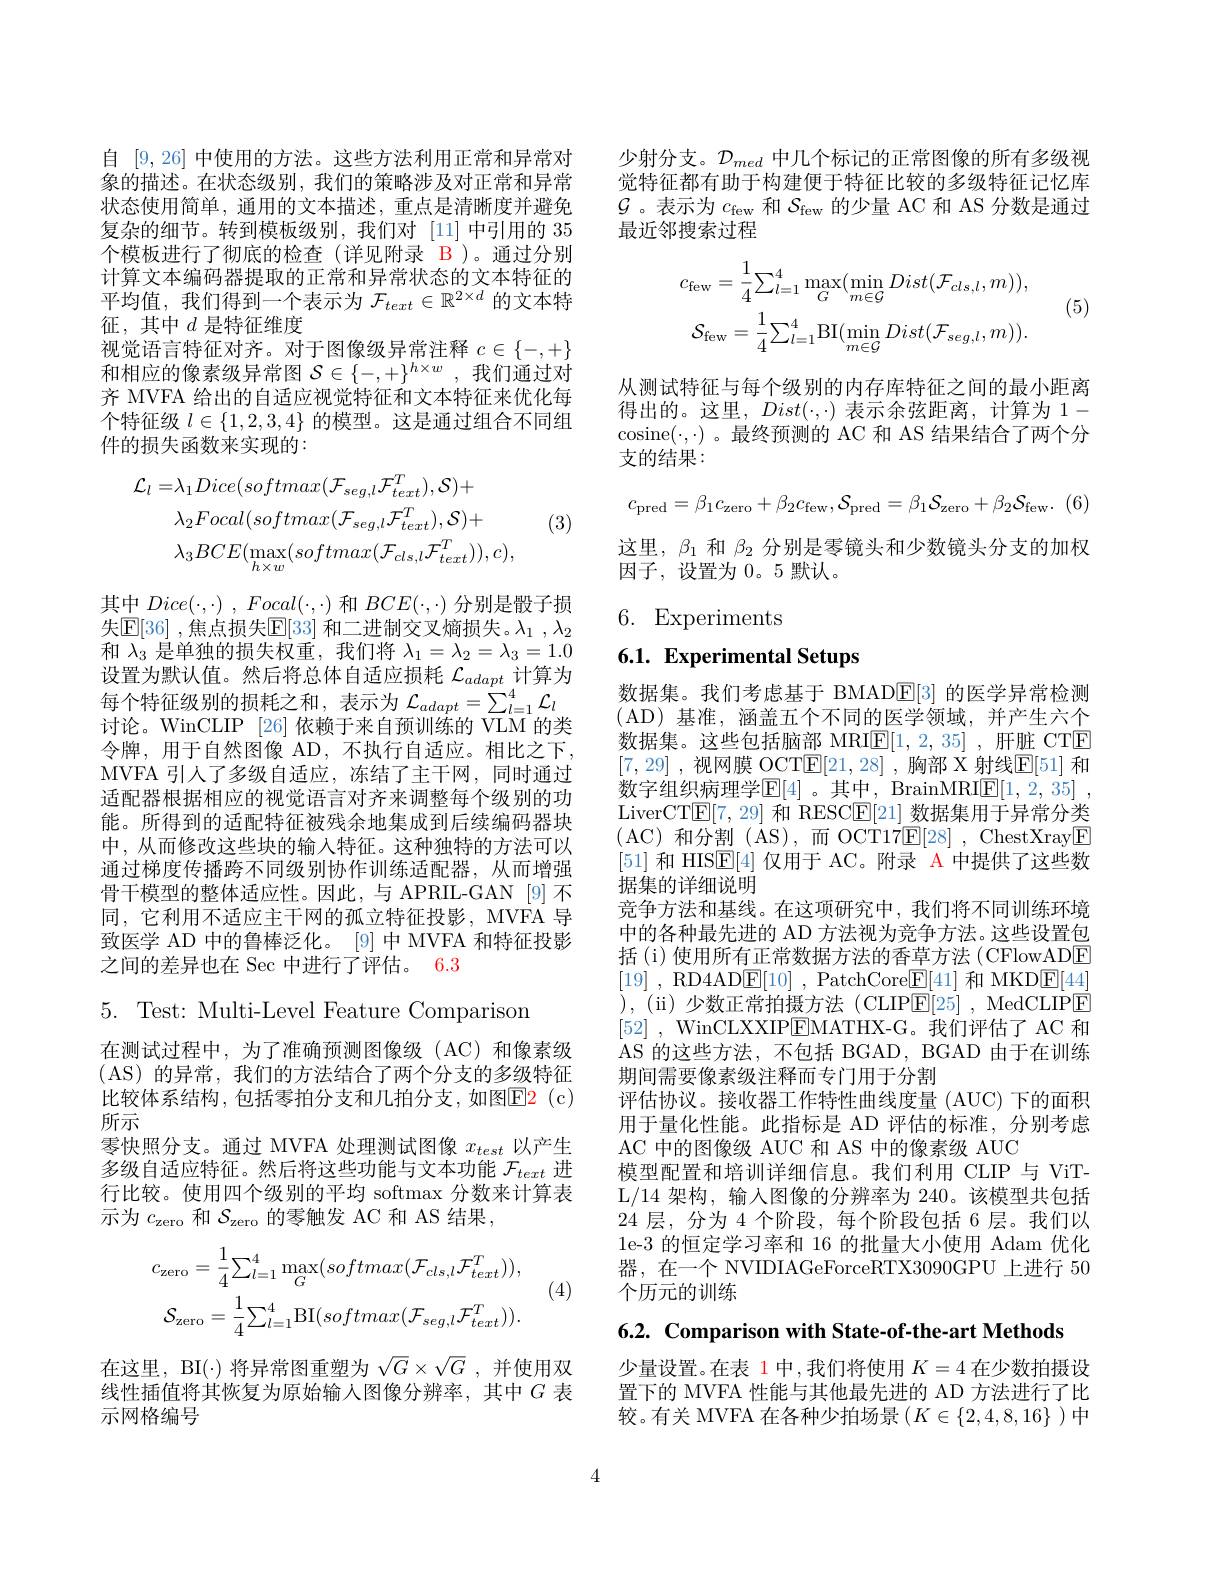
自 [9,26] 中使用的方法。这些方法利用正常和异常对象的描述。在状态级别，我们的策略涉及对正常和异常状态使用简单，通用的文本描述，重点是清晰度并避免复杂的细节。转到模板级别，我们对[11]中引用的 35个模板进行了彻底的检查(详见附录 B)。通过分别计算文本编码器提取的正常和异常状态的文本特征的平均值，我们得到一个表示为$\mathcal{F}_text\in\mathbb{R}^{2\times d}$的文本特征，其中$d$ 是特征维度
视觉语言特征对齐。对于图像级异常注释$c\in\{-,+\}$ 和相应的像素级异常图$\mathcal{S}\in\{-,+\}^{h\times w}$,我们通过对齐 MVFA 给出的自适应视觉特征和文本特征来优化每个特征级$l\in\{1,2,3,4\}$的模型。这是通过组合不同组件的损失函数来实现的：
$$\begin{aligned}\mathcal{L}_{l}=&\lambda_{1}Dice(softmax(\mathcal{F}_{seg,l}\mathcal{F}_{text}^{T}),\mathcal{S})+\\&\lambda_{2}Focal(softmax(\mathcal{F}_{seg,l}\mathcal{F}_{text}^{T}),\mathcal{S})+\\&\lambda_{3}BCE(\max_{h\times w}(softmax(\mathcal{F}_{cls,l}\mathcal{F}_{text}^{T})),c),\end{aligned}$$
(3)

其中$Dice( \cdot , \cdot )$ , $Focal( \cdot , \cdot )$和$BCE(\cdot,\cdot)$分别是骰子损失$\mathbb{E}[36]$ ,焦点损失$\mathbb{E}[33]$ 和二进制交叉熵损失。$\lambda_1,\lambda_2$ 和$\lambda_3$是单独的损失权重，我们将$\lambda_1=\lambda_2=\lambda_3=1.0$ 设置为默认值。然后将总体自适应损耗$\mathcal{L}_{adapt}$计算为每个特征级别的损耗之和，表示为$\mathcal{L}_adapt=\sum_{l=1}^4\mathcal{L}_l$ 讨论。WinCLIP [26]依赖于来自预训练的 VLM 的类令牌，用于自然图像 AD,不执行自适应。相比之下， MVFA 引人了多级自适应，冻结了主干网，同时通过适配器根据相应的视觉语言对齐来调整每个级别的功能。所得到的适配特征被残余地集成到后续编码器块中，从而修改这些块的输入特征。这种独特的方法可以通过梯度传播跨不同级别协作训练适配器，从而增强骨干模型的整体适应性。因此，与 APRIL-GAN [9] 不同，它利用不适应主干网的孤立特征投影，MVFA 导致医学 AD 中的鲁棒泛化。[9]中 MVFA 和特征投影之间的差异也在 Sec 中进行了评估。6.3
5. Test: Multi-Level Feature Comparison
在测试过程中，为了准确预测图像级(AC)和像素级(AS)的异常，我们的方法结合了两个分支的多级特征比较体系结构，包括零拍分支和几拍分支，如图$\color{red}{\mathrm{E2~(c)}}$ 所示
零快照分支。通过 MVFA 处理测试图像$x_{test}$以产生多级自适应特征。然后将这些功能与文本功能$\mathcal{F}_text$进行比较。使用四个级别的平均 softmax 分数来计算表示为$c_\mathrm{zero}$和$\mathcal{S}_\mathrm{zero}$的零触发 AC 和 AS 结果，
$$c_{\mathrm{zero}}=\frac{1}{4}\sum_{l=1}^{4}\max_{G}(softmax(\mathcal{F}_{cls,l}\mathcal{F}_{text}^{T})),\\\mathcal{S}_{\mathrm{zero}}=\frac{1}{4}\sum_{l=1}^{4}\mathrm{BI}(softmax(\mathcal{F}_{seg,l}\mathcal{F}_{text}^{T})).$$
(4)

在这里，BI(·)将异常图重塑为$\sqrt G\times\sqrt G$ ,并使用双线性插值将其恢复为原始输人图像分辨率，其中$G$表示网格编号

少射分支。$\mathcal{D}_{med}$中几个标记的正常图像的所有多级视觉特征都有助于构建便于特征比较的多级特征记忆库$\mathcal{G}$ 。表示为$c_\mathrm{few}$和$\mathcal{S}_\mathrm{few}$的少量 AC 和 AS 分数是通过最近邻搜索过程

(5)
$$c_{\mathrm{few}}=\frac{1}{4}\sum_{l=1}^{4}\max_{G}(\operatorname*{min}_{m\in\mathcal{G}}Dist(\mathcal{F}_{cls,l},m)),\\\mathcal{S}_{\mathrm{few}}=\frac{1}{4}\sum_{l=1}^{4}\mathrm{BI}(\operatorname*{min}_{m\in\mathcal{G}}Dist(\mathcal{F}_{seg,l},m)).$$
从测试特征与每个级别的内存库特征之间的最小距离得出的。这里，$Dist(\cdot,\cdot)$表示余弦距离，计算为 1- cosine$(\cdot,\cdot)$ 。最终预测的 AC 和 AS 结果结合了两个分支的结果：
$$c_{\mathrm{pred}}=\beta_{1}c_{\mathrm{zero}}+\beta_{2}c_{\mathrm{few}},S_{\mathrm{pred}}=\beta_{1}S_{\mathrm{zero}}+\beta_{2}S_{\mathrm{few}}.$$
这里，$\beta_1$和$\beta_2$分别是零镜头和少数镜头分支的加权
因子，设置为0。5 默认。

6. Experiments

# 6.1. Experimental Setups

数据集。我们考虑基于 BMAD$\boxed{\mathrm{E}}[3]$的医学异常检测(AD)基准，涵盖五个不同的医学领域，并产生六个数据集。这些包括脑部 MRI$\underline{\mathrm{E}}[1,2,35]$ ,肝脏 CTE [7,29] ,视网膜 OCT$\underline{\mathrm{E}}[21,28]$ ,胸部 X 射线$\underline{\mathrm{E}}[51]$ 和数字组织病理学$\mathbb{E}[4]$ 。其中，BrainMRI$\mathbb{E} [ 1, 2, 35]$ , LiverCT$\underline{\mathrm{E}}[7,29]$和 RESC$\underline{\mathrm{E}}[21]$数据集用于异常分类(AC)和分割(AS),而OCT17$\mathbb{E}[28]$,ChestXray$\boxed{\mathrm{F}}$ [51]和 HIS$\underline{\mathrm{E}}[4]$仅用于 AC。附录$\color{red}{\mathrm{A}}$中提供了这些数据集的详细说明
竞争方法和基线。在这项研究中，我们将不同训练环境中的各种最先进的 AD 方法视为竞争方法。这些设置包括 (i) 使用所有正常数据方法的香草方法 (CFlowADE [19] , RD4AD$\underline {\mathrm{E} }[ 10]$ , PatchCore$\underline {\mathrm{F} }[ 41]$ 和 MKD$\underline{\mathrm{F}}[44]$ ) , ( ii) 少 数 正 常 拍 摄 方 法 ( CLIPE[ 25] , MedCLIPE [52] , WinCLXXIP$\underline{\mathrm{EMATHX-G。我们评估了AC~和}}$ AS 的这些方法，不包括 BGAD, BGAD 由于在训练期间需要像素级注释而专门用于分割
评估协议。接收器工作特性曲线度量 (AUC) 下的面积用于量化性能。此指标是 AD 评估的标准，分别考虑AC 中的图像级 AUC 和 AS 中的像素级 AUC
模型配置和培训详细信息。我们利用 CLIP 与 ViTL/14 架构，输入图像的分辨率为 240。该模型共包括24 层，分为 4 个阶段，每个阶段包括 6 层。我们以1e-3 的恒定学习率和 16 的批量大小使用 Adam 优化器，在一个 NVIDIAGeForceRTX3090GPU 上进行 50个历元的训练

6.2. Comparison with State-of-the-art Methods

少量设置。在表 1 中，我们将使用$K=4$在少数拍摄设置下的 MVFA 性能与其他最先进的 AD 方法进行了比较。有关 MVFA 在各种少拍场景$(K\in\{2,4,8,16\}$ )中

4